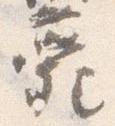
薨